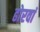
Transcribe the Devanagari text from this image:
ढोरवां